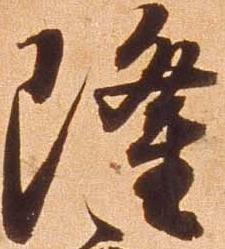
隆